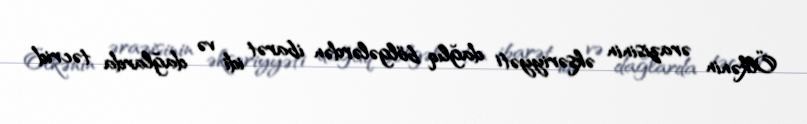
Ölkənin ərazisinin əksəriyyəti dağlıq bölgələrdən ibarət idi və dağlarda təcrid